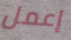
إعمل